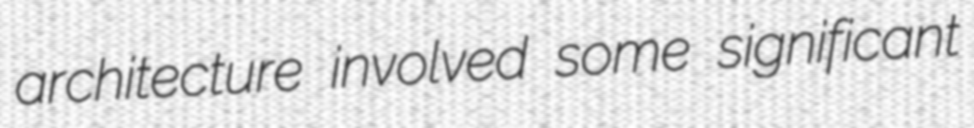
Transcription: architecture involved some significant